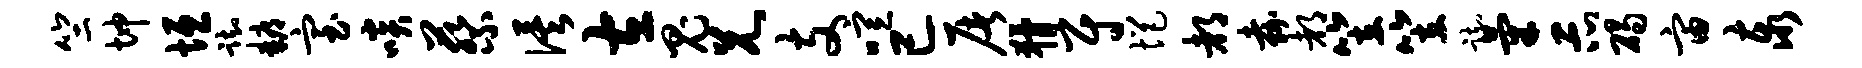
竺坤垣踟耨室啖蔡俟左鬼兄支喧已屠猾尉悒都嘉都笠笠踟气示碣宙泰